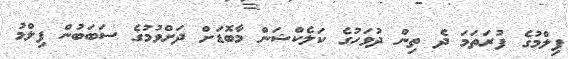
ފިލްމުގެ ފުރަތަމަ ދެ ތިން ދުވަހުގެ ކަލެކްޝަން މާބޮޑަށް ދަށްވުމުގެ ސަބަބުން ފިލްމު